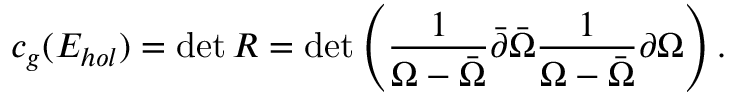
c _ { g } ( { \cal E } _ { h o l } ) = \operatorname * { d e t } { \cal R } = \operatorname * { d e t } \left( { \frac { 1 } { \Omega - \bar { \Omega } } } \bar { \partial } \bar { \Omega } { \frac { 1 } { \Omega - \bar { \Omega } } } \partial \Omega \right) .